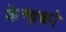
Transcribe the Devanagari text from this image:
केन्द्रको